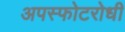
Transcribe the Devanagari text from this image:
अपस्फोटरोधी